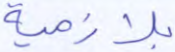
بلازمية